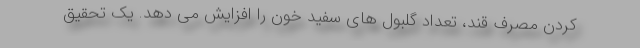
کردن مصرف قند، تعداد گلبول های سفید خون را افزایش می دهد. یک تحقیق